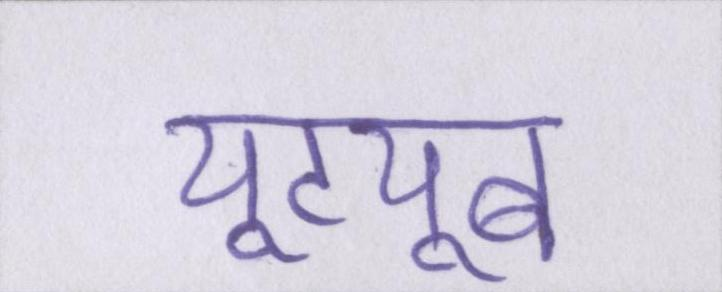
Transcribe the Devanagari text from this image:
यूट्यूब